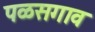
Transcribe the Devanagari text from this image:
पळसगाव